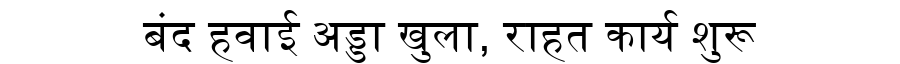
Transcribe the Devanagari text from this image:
बंद हवाई अड्डा खुला, राहत कार्य शुरू